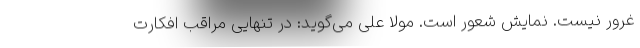
غرور نیست. نمایش شعور است. مولا علی می‌گوید: در تنهایی مراقب افکارت